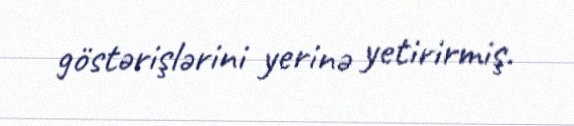
göstərişlərini yerinə yetirirmiş.